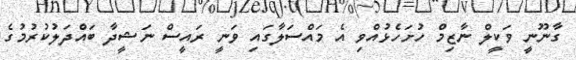
ގާނޫނީ ވަކީލް ނާޒިމް ހުށަހެޅުއްވި އެ މައްސަލާގައި ވަނީ ރައީސް ނަޝީދާ ބައްދަލުކުރުމުގެ